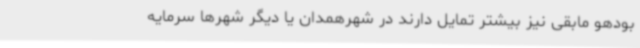
بودهو مابقی نیز بیشتر تمایل دارند در شهرهمدان یا دیگر شهرها سرمایه